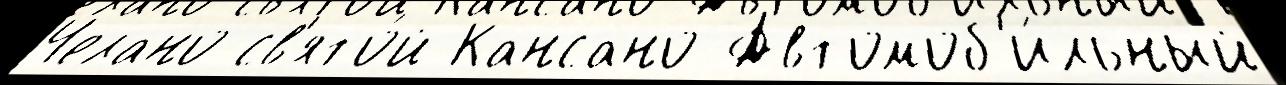
Челано св'ято́й Кансано Автомоб'и́льный